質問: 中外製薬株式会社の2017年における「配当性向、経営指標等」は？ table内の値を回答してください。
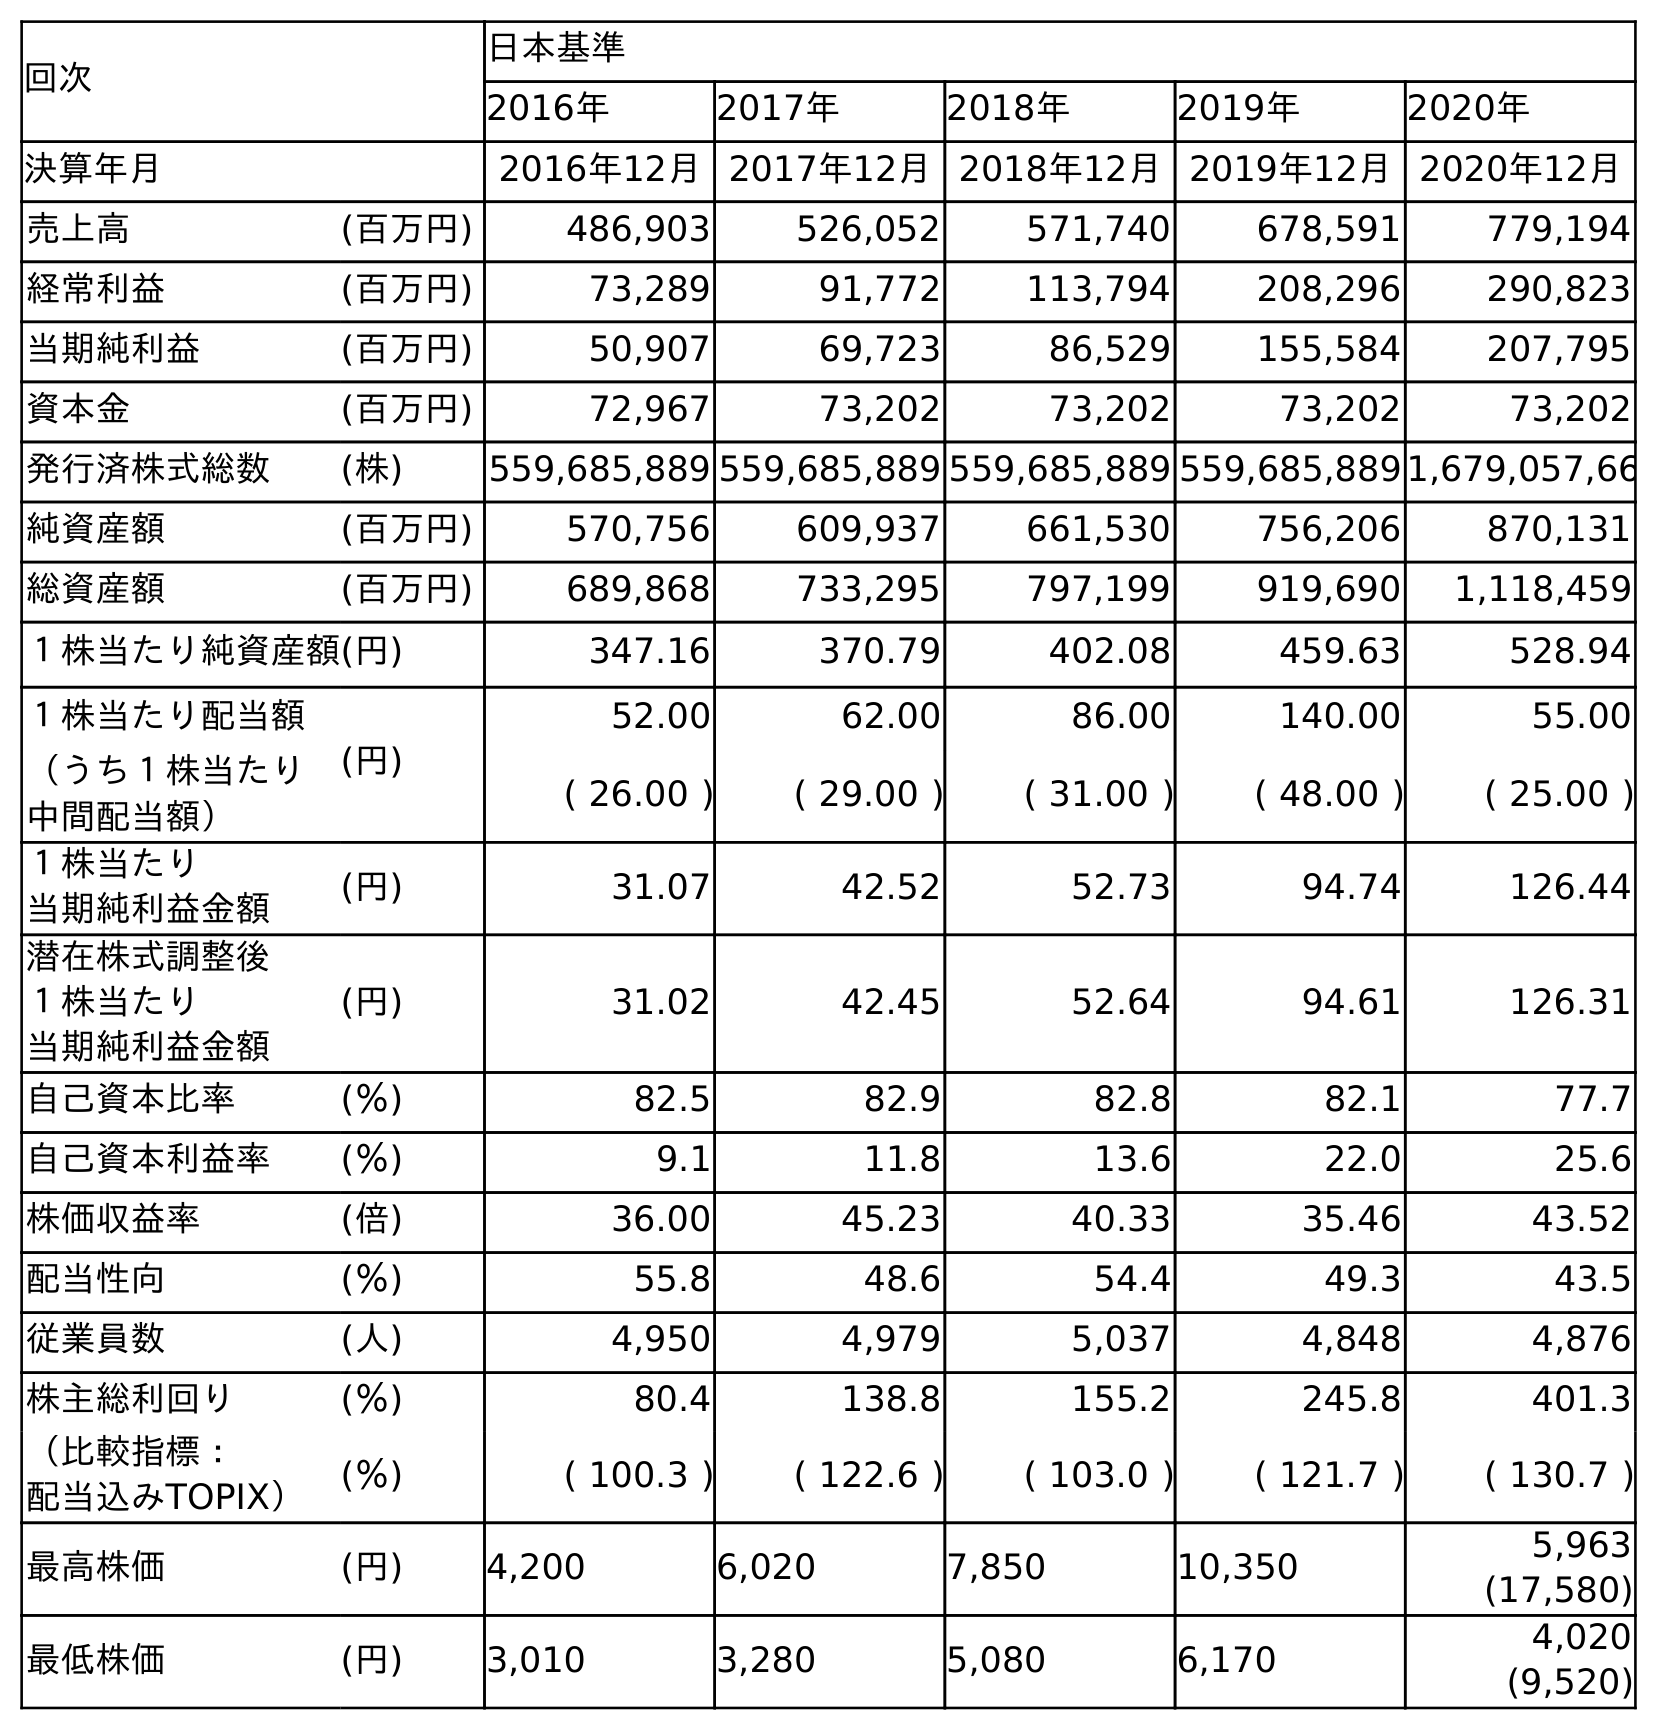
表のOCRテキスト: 回次 日本基準 2016年 2017年 2018年 2019年 2020年 決算年月 2016年12月2017年12月2018年12月2019年12月2020年12月 売上高 (百万円) 486,903 526,052 571,740 678,591 779,194 経常利益 (百万円) 73,289 91,772 113,794 208,296 290,823 当期純利益 (百万円) 50,907 69,723 86,529 155,584 207,795 資本金 (百万円) 72,967 73,202 73,202 73,202 73,202 発行済株式総数 (株) 559,685,889 559,685,889 559,685,889 559,685,8891,679,057,66 純資産額 (百万円) 570,756 609,937 661,530 756,206 870,131 総資産額 (百万円) 689,868 733,295 797,199 919,690 1,118,459 １株当たり純資産額(円) 347.16 370.79 402.08 459.63 528.94 １株当たり配当額 (円) 52.00 62.00 86.00 140.00 55.00 （うち１株当たり 中間配当額） ( 26.00 ) ( 29.00 ) ( 31.00 ) ( 48.00 ) ( 25.00 ) １株当たり 当期純利益金額 (円) 31.07 42.52 52.73 94.74 126.44 潜在株式調整後 １株当たり 当期純利益金額 (円) 31.02 42.45 52.64 94.61 126.31 自己資本比率 (％) 82.5 82.9 82.8 82.1 77.7 自己資本利益率 (％) 9.1 11.8 13.6 22.0 25.6 株価収益率 (倍) 36.00 45.23 40.33 35.46 43.52 配当性向 (％) 55.8 48.6 54.4 49.3 43.5 従業員数 (人) 4,950 4,979 5,037 4,848 4,876 株主総利回り (％) 80.4 138.8 155.2 245.8 401.3 （比較指標： 配当込みTOPIX） (％) ( 100.3 ) ( 122.6 ) ( 103.0 ) ( 121.7 ) ( 130.7 ) 最高株価 (円) 4,200 6,020 7,850 10,350 5,963 (17,580) 最低株価 (円) 3,010 3,280 5,080 6,170 4,020 (9,520)
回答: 48.6